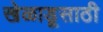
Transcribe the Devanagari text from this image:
खेळाडूसाठी